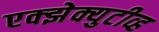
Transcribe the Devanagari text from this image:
एक्झेक्युटीव्ह